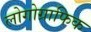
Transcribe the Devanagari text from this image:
लोगोग्राफिक